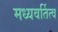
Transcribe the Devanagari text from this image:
मध्यवर्तित्व